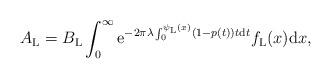
LaTeX: \begin{align*}A_\mathrm{L}=B_\mathrm{L}\int_{0}^{\infty}\mathrm{e}^{-2\pi\lambda\int_{0}^{\psi_\mathrm{L}(x)}(1-p(t))t\mathrm{d}t}f_\mathrm{L}(x)\mathrm{d}x,\end{align*}